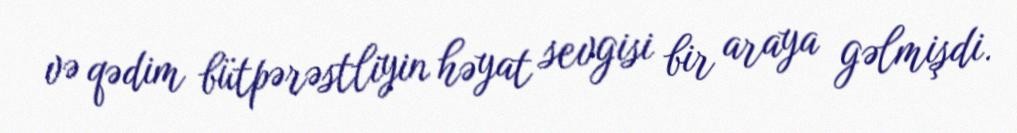
və qədim bütpərəstliyin həyat sevgisi bir araya gəlmişdi.